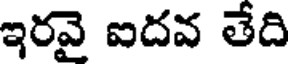
ఇరవై ఐదవ తేది